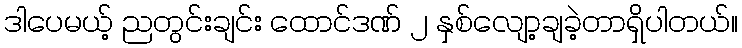
ဒါပေမယ့် ညတွင်းချင်း ထောင်ဒဏ် ၂ နှစ်လျော့ချခဲ့တာရှိပါတယ်။